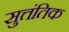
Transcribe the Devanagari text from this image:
सुत्तंतिक